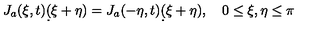
J _ { a } ( \xi , t ) \d ( \xi + \eta ) = J _ { a } ( - \eta , t ) \d ( \xi + \eta ) , \quad 0 \le \xi , \eta \le \pi